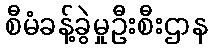
စီမံခန့်ခွဲမှုဦးစီးဌာန